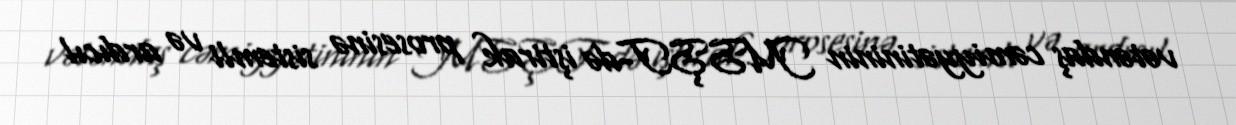
vətəndaş cəmiyyətininin MSŞT-də iştirak prosesinə sistemli və ardıcıl